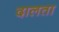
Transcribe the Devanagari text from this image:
दालता